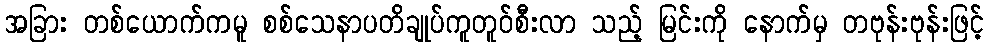
အခြား တစ်ယောက်ကမူ စစ်သေနာပတိချုပ်ကူတူဝ်စီးလာ သည့် မြင်းကို နောက်မှ တဗုန်းဗုန်းဖြင့်